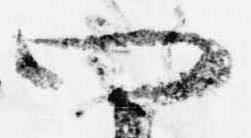
四